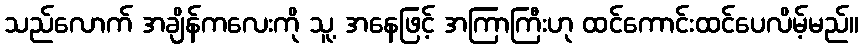
သည်လောက် အချိန်ကလေးကို သူ့ အနေဖြင့် အကြာကြီးဟု ထင်ကောင်းထင်ပေလိမ့်မည်။